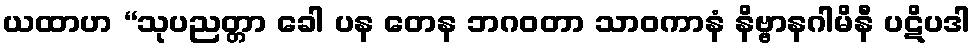
ယထာဟ “သုပညတ္တာ ခေါ ပန တေန ဘဂဝတာ သာဝကာနံ နိဗ္ဗာနဂါမိနီ ပဋိပဒါ